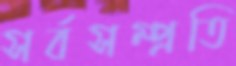
সর্বসম্প্রতি